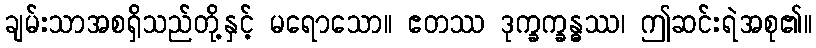
ချမ်းသာအစရှိသည်တို့နှင့် မရောသော။ ဧတဿ ဒုက္ခက္ခန္ဓဿ၊ ဤဆင်းရဲအစု၏။